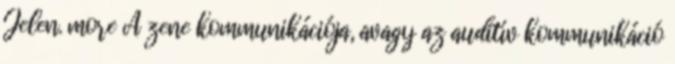
Jelen. more A zene kommunikációja, avagy az auditív kommunikáció